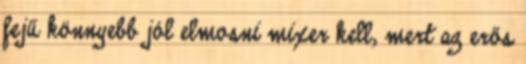
fejű könnyebb jól elmosni mixer kell, mert az erős